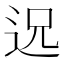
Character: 𮞈